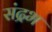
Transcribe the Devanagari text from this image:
संद्रभ